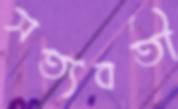
সত্যবতী